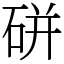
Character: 硑